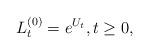
LaTeX: \begin{align*} L_{t}^{(0)} = e^{U_t},t\geq 0,\end{align*}